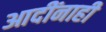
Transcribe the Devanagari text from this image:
आदींनाही